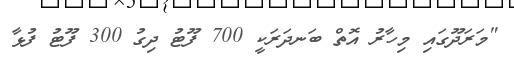
"މަރަދޫގައި މިހާރު އޮތް ބަނދަރަކީ 700 ފޫޓު ދިގު 300 ފޫޓު ފުޅާ